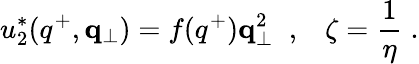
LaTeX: u_{2}^{*}(q^{+},{\mathbf q}_{\perp})=f(q^{+}){\mathbf q}_{\perp}^{2}\; \; ,\; \; \; \zeta={\frac{1}{\eta}}\; .